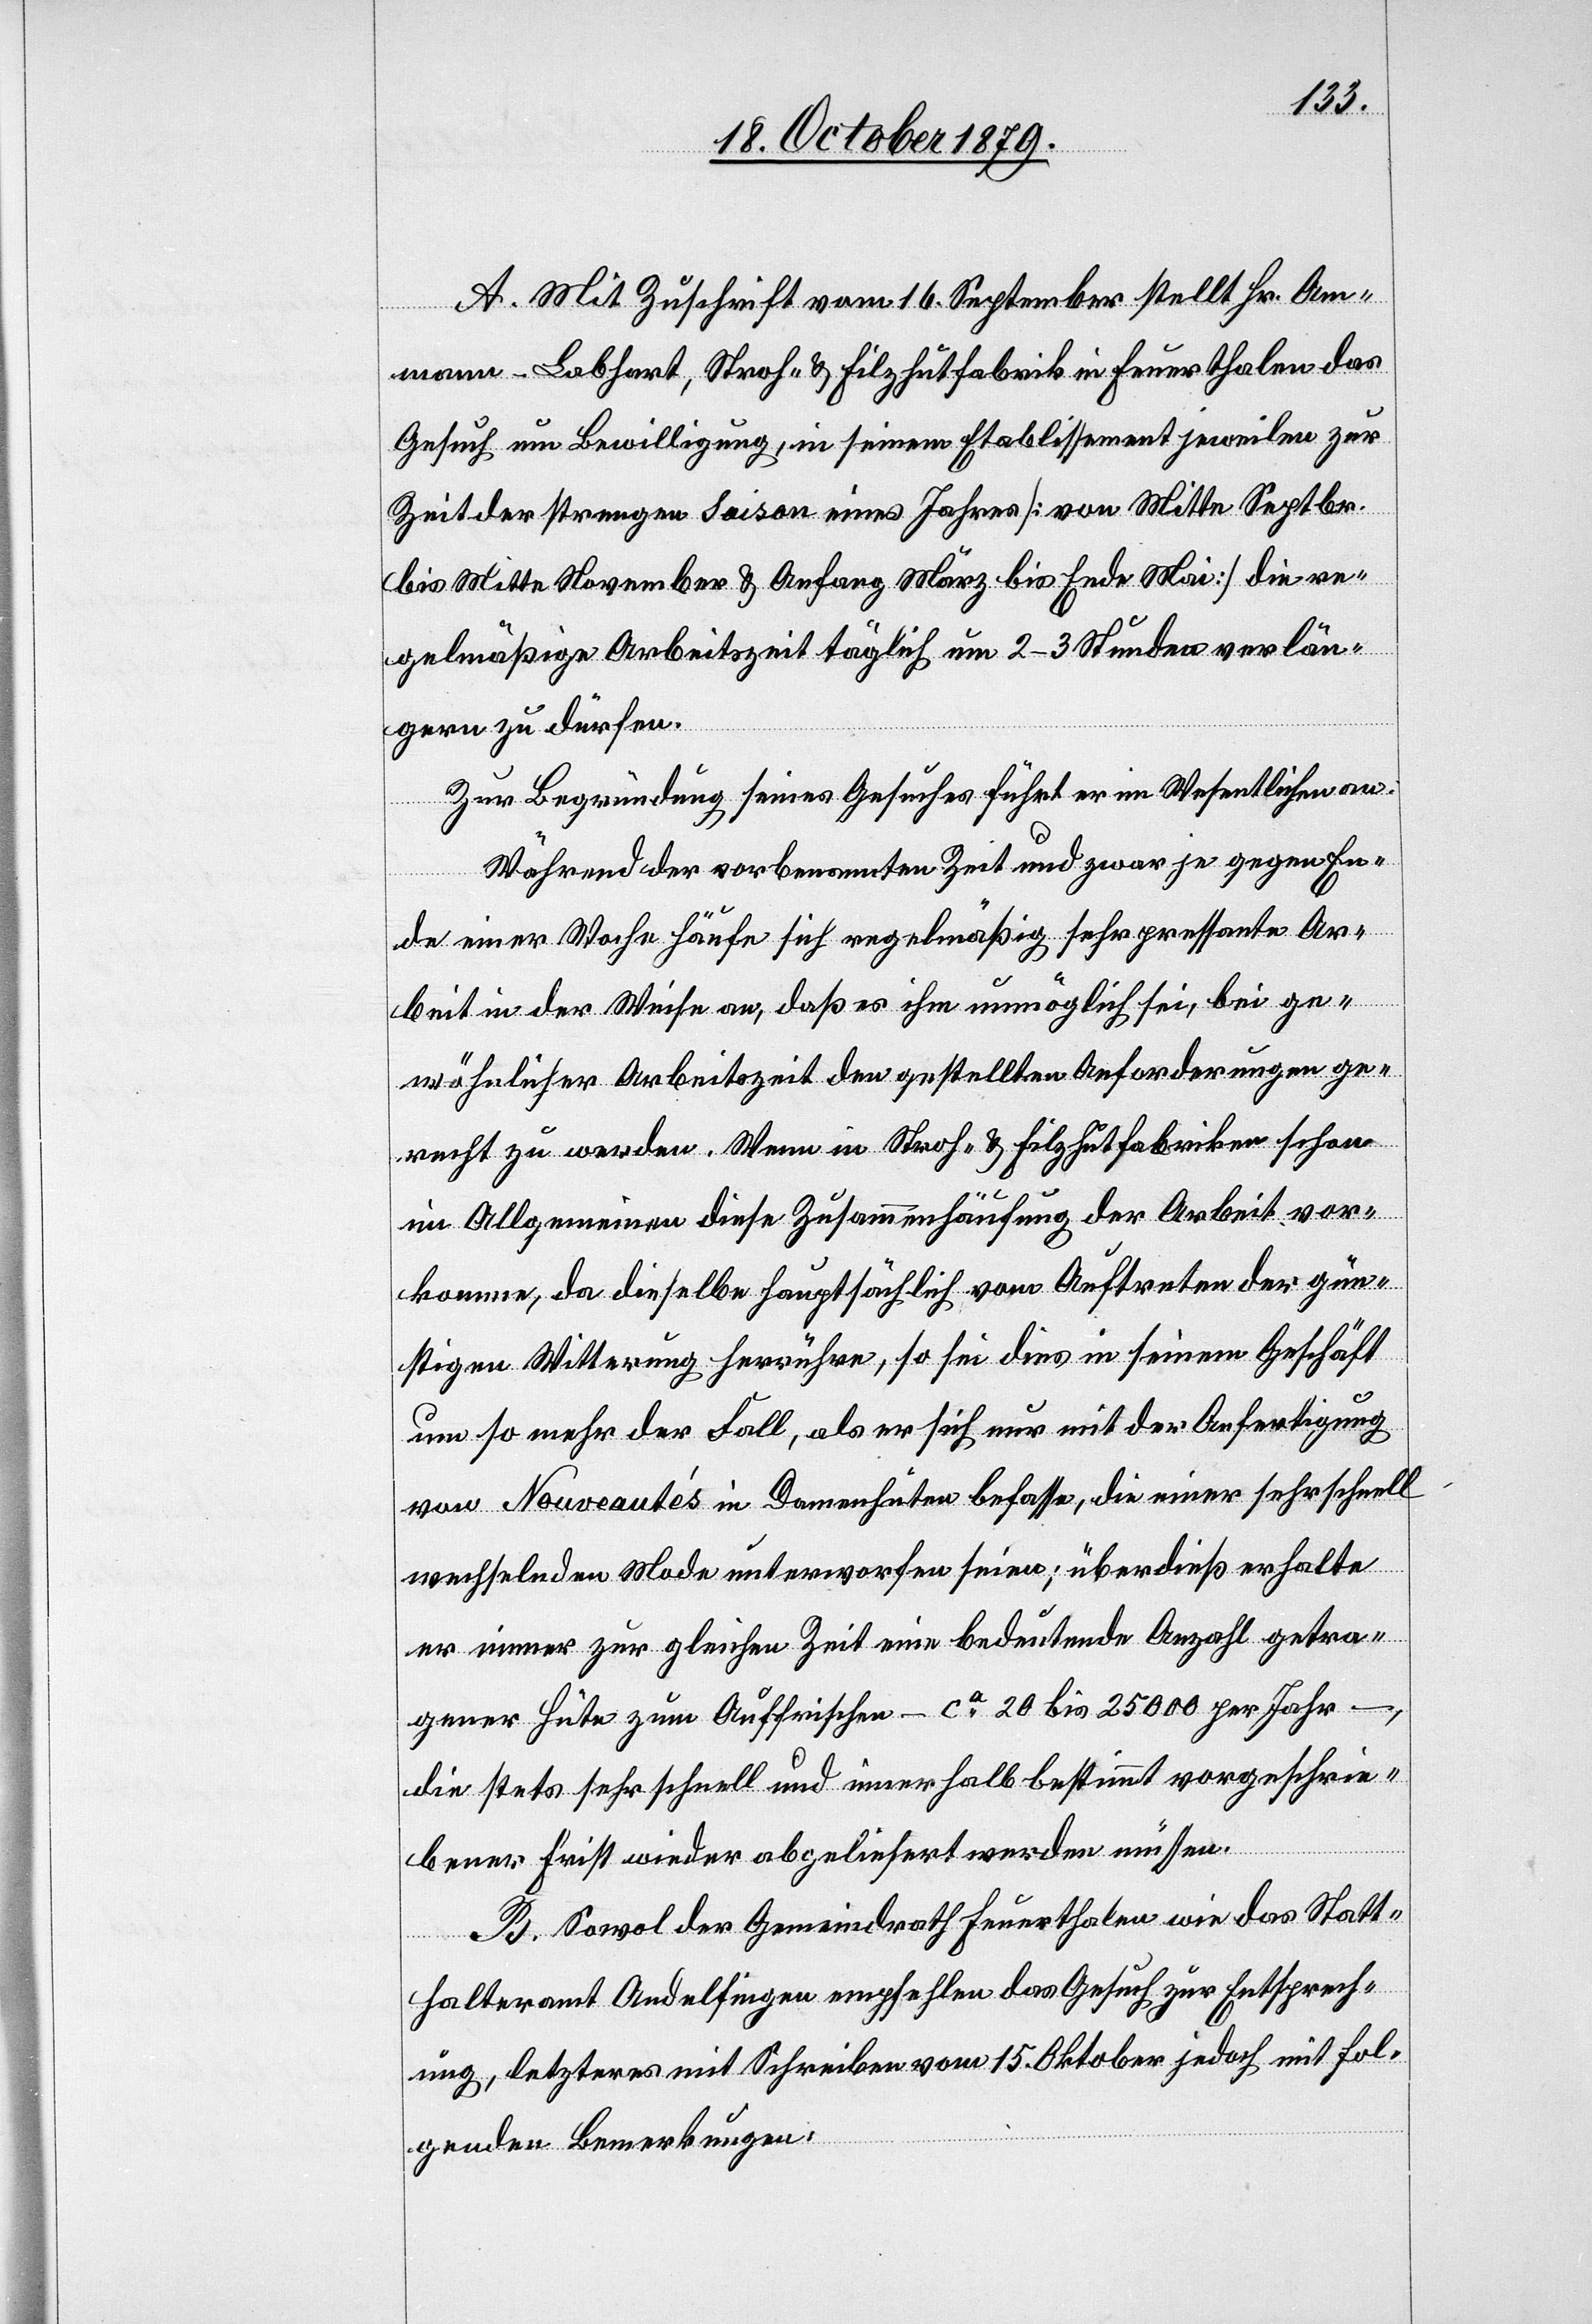
A. Mit Zuschrift vom 16. September stellt Hr. Amm¬
an-Labhart, Stroh- & Filzhutfabrik in Feuerthalen das
Gesuch um Bewilligung, in seinem Etablissement jeweilen zur
Zeit der strengen Saison eines Jahres [von Mitte Septbr.
bis Mitte November & Anfang März bis Ende Mai] die re¬
gelmäßige Arbeitszeit täglich um 2–3 Stunden verlän¬
gern zu dürfen.
Zur Begründung seines Gesuches führt er im Wesentlichen an:
Während der vorbenannten Zeit und zwar je gegen En¬
de einer Woche häufe sich regelmäßig sehr pressante Ar¬
beit in der Weise an, daß es ihm unmöglich sei, bei ge¬
wöhnlicher Arbeitszeit den gestellten Anforderungen ge¬
recht zu werden. Wenn in Stroh- & Filzhutfabriken schon
im Allgemeinen diese Zusammenhäufung der Arbeit vor¬
komme, da dieselbe hauptsächlich vom Auftreten der gün¬
stigen Witterung herrühren, so sei dies in seinem Geschäft
um so mehr der Fall, als er sich nur mit der Anfertigung
von Nouveautés in Damenhüten befasse, die einer sehr schnell
wechselnden Mode unterworfen seien; überdieß erhalte
er immer zur gleichen Zeit eine bedeutende Anzahl getra¬
gener Hüte zum Auffrischen – ca 20 bis 25 000 per Jahr
die stets sehr schnell und innerhalb bestimmt vorgeschrie¬
bener Frist wieder abgeliefert werden müssen.
B. Sowohl der Gemeindrath Feuerthalen wie das Statt¬
halteramt Andelfingen empfehlen das Gesuch zur Entsprech¬
ung, letzteres mit Schreiben vom 15. Oktober jedoch mit fol¬
genden Bemerkungen: